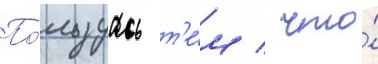
По́льзуась т'е́м / что́